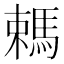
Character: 𣜋